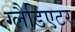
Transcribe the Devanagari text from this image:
ग्‍लैडिएटर